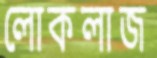
লোকলাজ